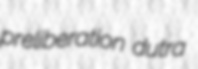
preliberation dutra